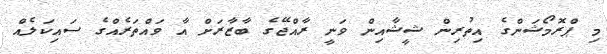
މި ޕްރޮމޯޝަންގެ އިތުރިން ޝީޝާއިން ވަނީ ރާއްޖޭގެ ބާޒާރަށް އާ ވައްތަރެއްގެ ސައިކަލެއް